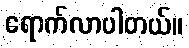
ရောက်လာပါတယ်။